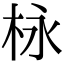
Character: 栐